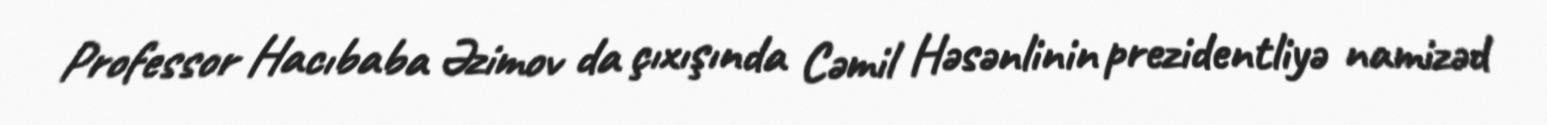
Professor Hacıbaba Əzimov da çıxışında Cəmil Həsənlinin prezidentliyə namizəd